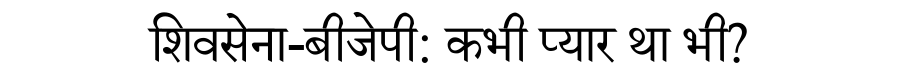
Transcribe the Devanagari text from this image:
शिवसेना-बीजेपी: कभी प्यार था भी?